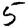
Digit: 5